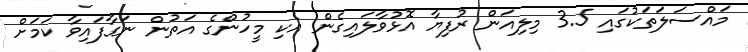
މައްސަލަތަކުގައި 3.5 މިލިއަން ރުފިޔާ އޮޅުވާލައިގެން އެކި މީހުންގެ އަތުން ނަގާފައިވާ ކަމަށް